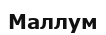
Маллум